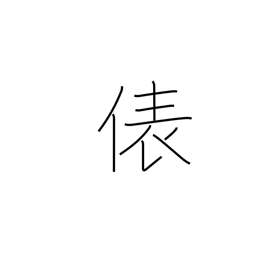
Meaning: counter for bags